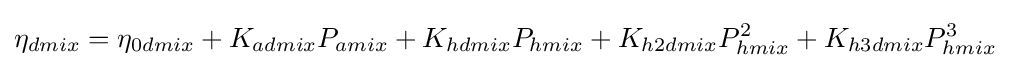
\eta _{dmix}=\eta _{0dmix}+K_{admix}P_{amix}+K_{hdmix}P_{hmix}+K_{h2dmix}P_{hmix}^{2}+K_{h3dmix}P_{hmix}^{3}